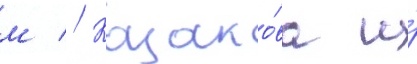
м // Казако́ва и́